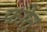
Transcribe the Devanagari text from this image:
फोत